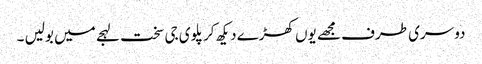
دوسری طرف مجھے یوں کھڑے دیکھ کر پلوی جی سخت لہجے میں بولیں ۔